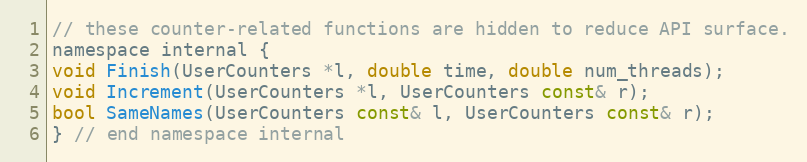
Language: C
// these counter-related functions are hidden to reduce API surface.
namespace internal {
void Finish(UserCounters *l, double time, double num_threads);
void Increment(UserCounters *l, UserCounters const& r);
bool SameNames(UserCounters const& l, UserCounters const& r);
} // end namespace internal